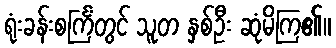
ရုံးခန်းစင်္ကြံတွင် သူတ နှစ်ဦး ဆုံမိကြ၏။